Calcutta medical institutions reports 1871-78
Year: 1871
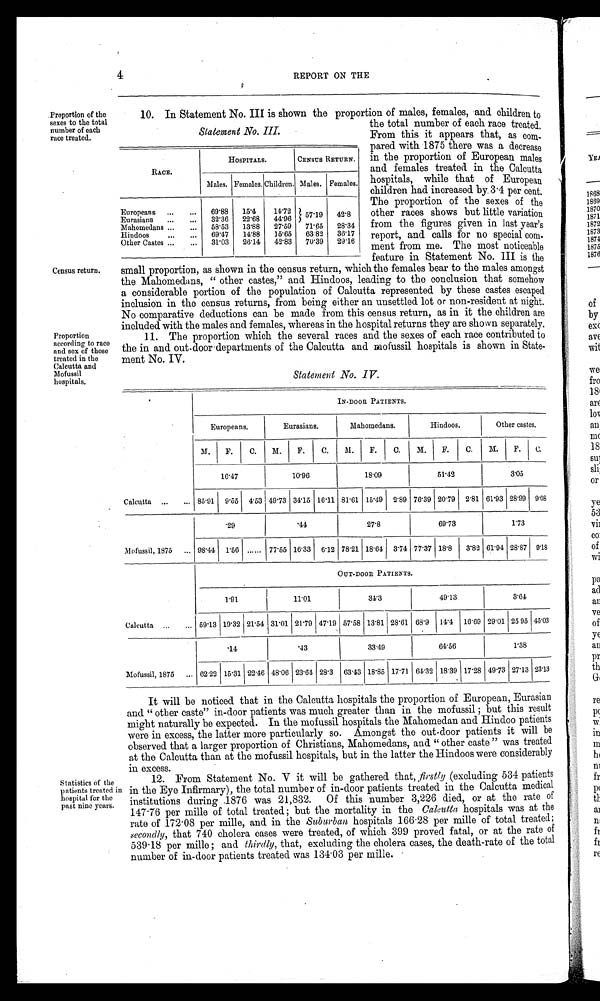
4
REPORT ON THE
Proportion of the
sexes to the total
number of each
race treated.
Census return.
Proportion
according to race
and sex of those
treated in the
Calcutta and
Mofussil hospitals.
10.In Statement No. III is shown the proportion of males, females, and children to
the total number of each race treated.
Statement No. III. From this it appears that, as corn.
pared with 1875 there was a decrease
in the proportion of European males
and females treated in the Calcutta
hospitals, while that of European
children had increased by 3 .4 per cent.
The proportion of the sexes of the
other races shows but little variation
from the figures given in last year's
report, and calls for no special corn.
ment from me. The most noticeable
feature in Statement No. III is the
small proportion, as shown in the census return, which the females bear to the males amongst
the Mahomedans, " other castes," and Hindoos, leading to the conclusion that somehow
a considerable portion of the population of Calcutta represented by these castes escaped
inclusion in the census returns, from being either an unsettled lot or non-resident at night.
No comparative deductions can be made from this census return, as in it the children are
included with the males and females, whereas in the hospital returns they are shown separately,
11.The proportion which the several races and the sexes of each race contributed to
the in and out-door departments of the Calcutta and mofussil hospitals is shown in State.
ment No. IV.
RACE.
HOSPITALS.
CENSUS RETURN.
Europeans
Males. Females. Children. Males. Females.
69. 88 15. 4 14.72
Eurasians
32. 36 22.68 44.96 57.19 42. 8
Mahomedans
58. 53 13.88 27.59 71. 65 28.34
Hindoos
69. 47 14.88 15.65 63 82 36.17
Other Castes
31. 03 26.14 42.83 70. 39 29.16
Statement No. IV.
IN-DOOR PATIENTS.
Europeans.
Eurasians.
Mahomedans.
Hi n d o o s .
Other castes.
M. F. C. M. F. C. M. F. C. M. F. C. M. F. C.
1 6 . 4 7
1 0 . 9 6
1 8 . 0 9
51.42
3 . 0 5
Calcutta
85.91 9.55 4.53 49.73 34.15 16.11 81.61 15.49 2.89 76.39 20.79 2' 81 61.93 28.99 9 . 0 8
' 29
. 4 4
27.8 6 9 . 7 3
1 . 7 3
Mofussil, 1875 98. 44. 1.56
77.55 16.33 6.12 78.21 18.64 3.74 77.37 18.8 3.82 61.91 28.87 9 . 1 8
OUT-DOOR PATIENTS.
1 . 9 1
1 1 . 0 1
3 4 . 3
49.13
3 . 6 4
Calcutta
59.13 19.32 21.54 31.01 21.79 47.19 57.58 13.81 28.61 68.9 14.4 16.69 29.01 25 . 95 45. 03
.14
.43
3 3 . 4 9
64.56
1 . 3 8
Mofussil, 1875 62. 22 15.31 22.46 48.06 23. 64. 28.3 63.43 18.85 17.71 64. ' 32 18.39 17.28 49.73 27.13 23. 13
Statistics of the
patients treated in
hospital for the
past nine years.
It will be noticed that in the Calcutta hospitals the proportion of European, Eurasian
and " other caste" in-door patients was much greater than in the mofussil ; but this result
might naturally be expected. In the mofussil hospitals the Mahomedan and Hindoo patients
were in excess, the latter more particularly so. Amongst the out-door patients it will be
observed that a larger proportion of Christians, Mahomedans, and " other caste " was treated
at the Calcutta than at the mofussil hospitals, but in the latter the Hindoos were considerably
12. From Statement No. V it will be gathered that, firstly (excluding 534 patients
in the Eye Infirmary), the total number of in-door patients treated in the Calcutta medical
institutions during .1876 was 21,832. Of this number 3,226 died, or at the rate of
14716 per mille of total treated; but the mortality in the Calcutta hospitals was at the
rate of 172.08 per mille, and in the Suburban hospitals 166.28 per mille of total treated;
Secondly, that 740 cholera cases were treated, of which 399 proved fatal, or at the rate of
339.18 per mille ; and thirdly, that, excluding the cholera cases, the death-rate of the total
number of in-door patients treated was 134.03 per mille.